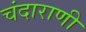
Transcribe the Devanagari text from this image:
चंदाराणी